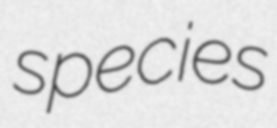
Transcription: species